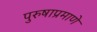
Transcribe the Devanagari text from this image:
पुरुषाप्रमाणे